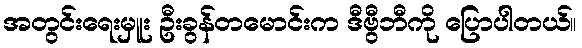
အတွင်းရေးမှူး ဦးခွန်တမောင်းက ဒီဗွီဘီကို ပြောပါတယ်။